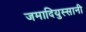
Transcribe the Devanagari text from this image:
जमादियुस्सानी